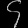
Digit: ၄